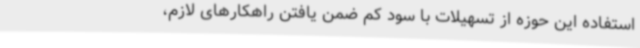
استفاده این حوزه از تسهیلات با سود کم ضمن یافتن راهکارهای لازم،‌